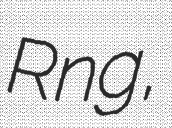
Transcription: Rồng,